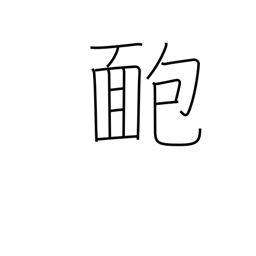
Meaning: pimple